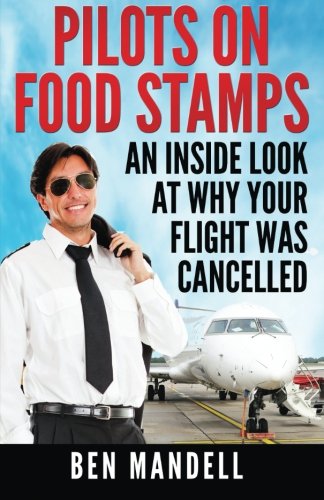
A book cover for Pilots On Food Stamps: An Inside Look At Why Your Flight Was Cancelled; Ben Mandell; Education & Teaching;